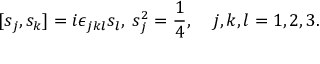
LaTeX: [ s _ { j } , s _ { k } ] = i \epsilon _ { j k l } s _ { l } , \; s _ { j } ^ { 2 } = \frac { 1 } { 4 } , \; \; \; \; j , k , l = 1 , 2 , 3 .